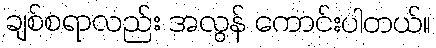
ချစ်စရာလည်း အလွန် ကောင်းပါတယ်။